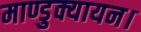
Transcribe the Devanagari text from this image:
माण्डुक्यायन।